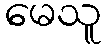
မေသူ